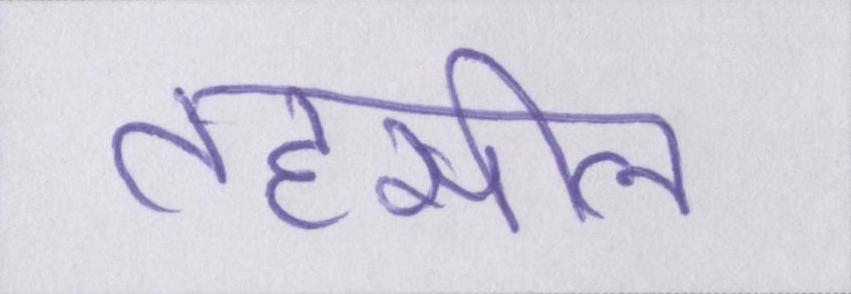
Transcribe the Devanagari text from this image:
तहसील